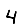
Digit: 4